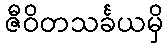
ဇီဝိတသင်္ခယမှိ